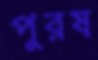
পুরষ